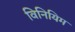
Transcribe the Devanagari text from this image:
विनियिम